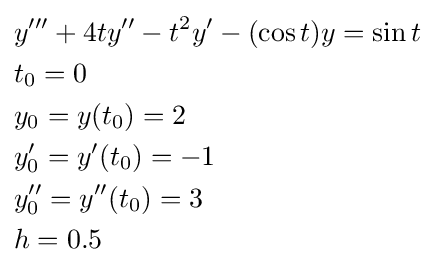
{\begin{aligned}&y'''+4ty''-t^{2}y'-(\cos {t})y=\sin {t}\\&t_{0}=0\\&y_{0}=y(t_{0})=2\\&y'_{0}=y'(t_{0})=-1\\&y''_{0}=y''(t_{0})=3\\&h=0.5\end{aligned}}